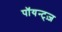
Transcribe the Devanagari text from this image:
पॉयन्ट्ज़